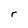
Character: r